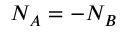
N _ { A } = - N _ { B }